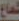
شعاع